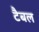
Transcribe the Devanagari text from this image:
टैबल